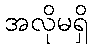
အလိုမရှိ